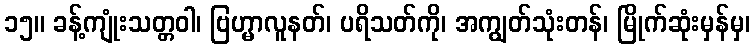
၁၅။ ခန့်ကျုံးသတ္တဝါ၊ ဗြဟ္မာလူနတ်၊ ပရိသတ်ကို၊ အကျွတ်သုံးတန်၊ မြိုက်ဆုံးမှန်မှ၊